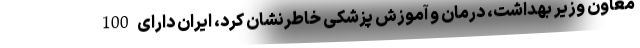
معاون وزیر بهداشت، درمان و آموزش پزشکی خاطرنشان کرد، ایران دارای 100